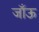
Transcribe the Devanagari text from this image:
जाँऊ